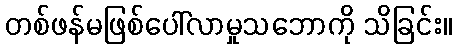
တစ်ဖန်မဖြစ်ပေါ်လာမှုသဘောကို သိခြင်း။